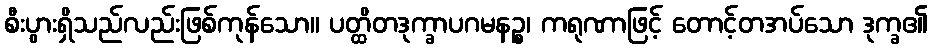
စီးပွားရှိသည်လည်းဖြစ်ကုန်သော။ ပတ္ထိတဒုက္ခာပဂမနဉ္စ၊ ကရုဏာဖြင့် တောင့်တအပ်သော ဒုက္ခ၏